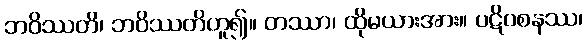
ဘဝိဿတိ၊ ဘဝိဿတိဟူ၍။ တဿာ၊ ထိုမယားအား။ ပဋိဝစနဿ၊